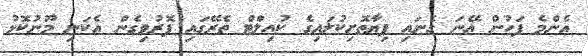
އެންމެ ފަހުން އޭނަ ގެނައި ފިޔާތޮށިކުލައިގެ ކުއިލްޓް ތެރޭގައި ފޮރުވިގެން އެކަނި މޫނުކޮޅު